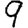
Digit: 9